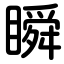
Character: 瞬